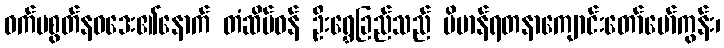
ဝက်မစွတ်နဝဒေး၏နောက် တံဆိပ်ဝန် ဦးရွှေခြည်သည် ဗိမာန်ရတနာကျောင်းတော်မော်ကွန်း၊